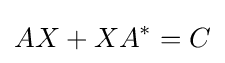
AX+XA^{*}=C